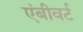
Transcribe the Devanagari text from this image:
एंबीवर्ट